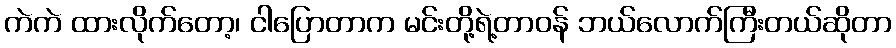
ကဲကဲ ထားလိုက်တော့၊ ငါပြောတာက မင်းတို့ရဲ့တာဝန် ဘယ်လောက်ကြီးတယ်ဆိုတာ